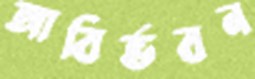
আবির্ভবন